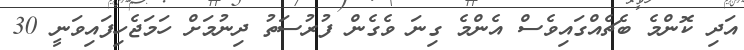
އަދި ކޮންމެ ބެޗެއްގައިވެސް އެންމެ ގިނަ ވެގެން ފުރުސަތު ދިނުމަށް ހަމަޖެހިފައިވަނީ 30